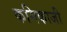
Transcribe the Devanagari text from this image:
कमिकाजी